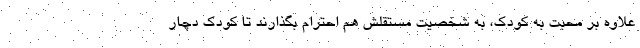
علاوه بر محبت به کودک، به شخصیت مستقلش هم احترام بگذارند تا کودک دچار